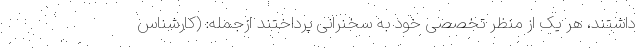
داشتند، هر یک از منظر تخصصی خود به سخنرانی پرداختند ازجمله: (کارشناس